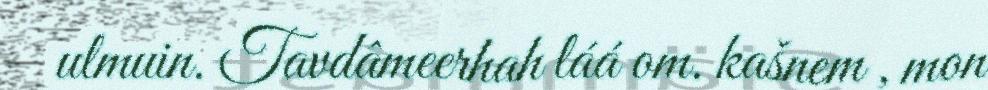
ulmuin. Tavdâmeerhah láá om. kašnem , mon